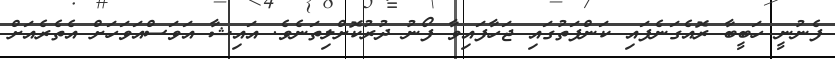
ފެނުނީ ހަބީބާ ރޮއެގަނެފައި ކަންފަތުގައި ޖަހާފައިވާ ފޯނު ދުރުކޮށްލިތަނެވެ. އައިޝާ އަވަސްއަވަހަށް އެތެރެއަށް